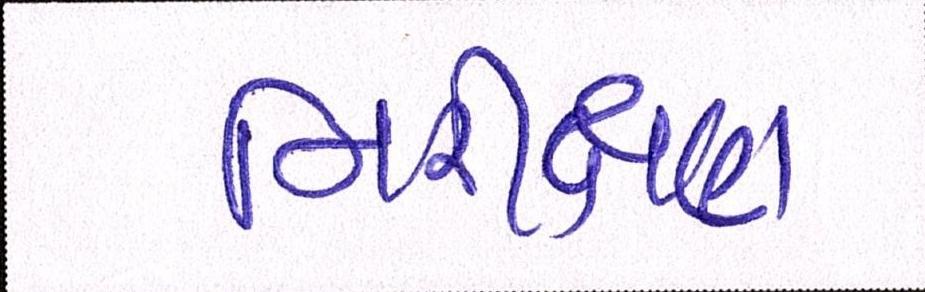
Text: નિરીક્ષણ